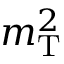
m _ { \mathrm { T } } ^ { 2 }